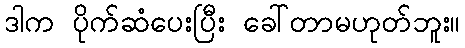
ဒါက ပိုက်ဆံပေးပြီး ခေါ်တာမဟုတ်ဘူး။